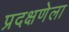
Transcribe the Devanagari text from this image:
प्रदक्षणेला